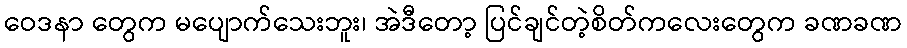
ဝေဒနာ တွေက မပျောက်သေးဘူး၊ အဲဒီတော့ ပြင်ချင်တဲ့စိတ်ကလေးတွေက ခဏခဏ